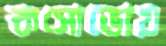
কসোভোয়